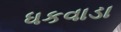
ધકવાડા